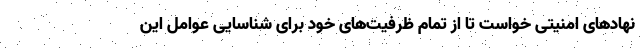
نهادهای امنیتی خواست تا از تمام ظرفیت‌های خود برای شناسایی عوامل این